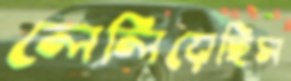
লেলিয়েছিস